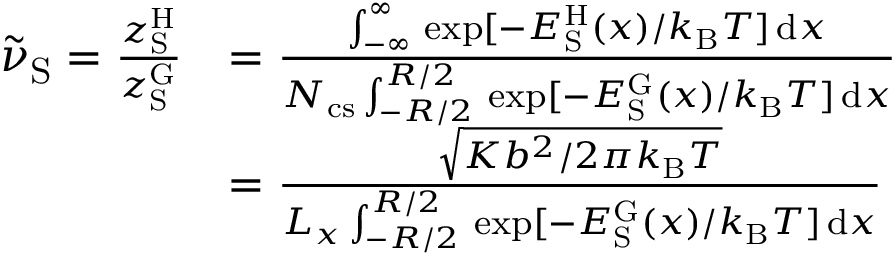
\begin{array} { r l } { \tilde { \nu } _ { \mathrm { S } } = \frac { z _ { \mathrm { S } } ^ { \mathrm { H } } } { z _ { \mathrm { S } } ^ { \mathrm { G } } } } & { = \frac { \int _ { - \infty } ^ { \infty } \, \exp [ - E _ { \mathrm { S } } ^ { \mathrm { H } } ( x ) / k _ { \mathrm { B } } T ] \, \mathrm { d } x } { N _ { \mathrm { c s } } \int _ { - R / 2 } ^ { R / 2 } \, \exp [ - E _ { \mathrm { S } } ^ { \mathrm { G } } ( x ) / k _ { \mathrm { B } } T ] \, \mathrm { d } x } } \\ & { = \frac { \sqrt { K b ^ { 2 } / 2 \pi k _ { \mathrm { B } } T } } { L _ { x } \int _ { - R / 2 } ^ { R / 2 } \, \exp [ - E _ { \mathrm { S } } ^ { \mathrm { G } } ( x ) / k _ { \mathrm { B } } T ] \, \mathrm { d } x } } \end{array}